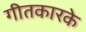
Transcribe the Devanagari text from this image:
गीतकारके